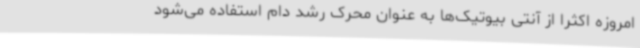
امروزه اکثرا از آنتی بیوتیک‌ها به عنوان محرک رشد دام استفاده می‌شود